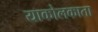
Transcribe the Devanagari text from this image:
याकोलकाता